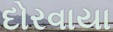
દોરવાયા